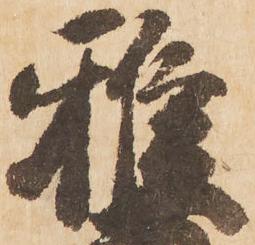
雅